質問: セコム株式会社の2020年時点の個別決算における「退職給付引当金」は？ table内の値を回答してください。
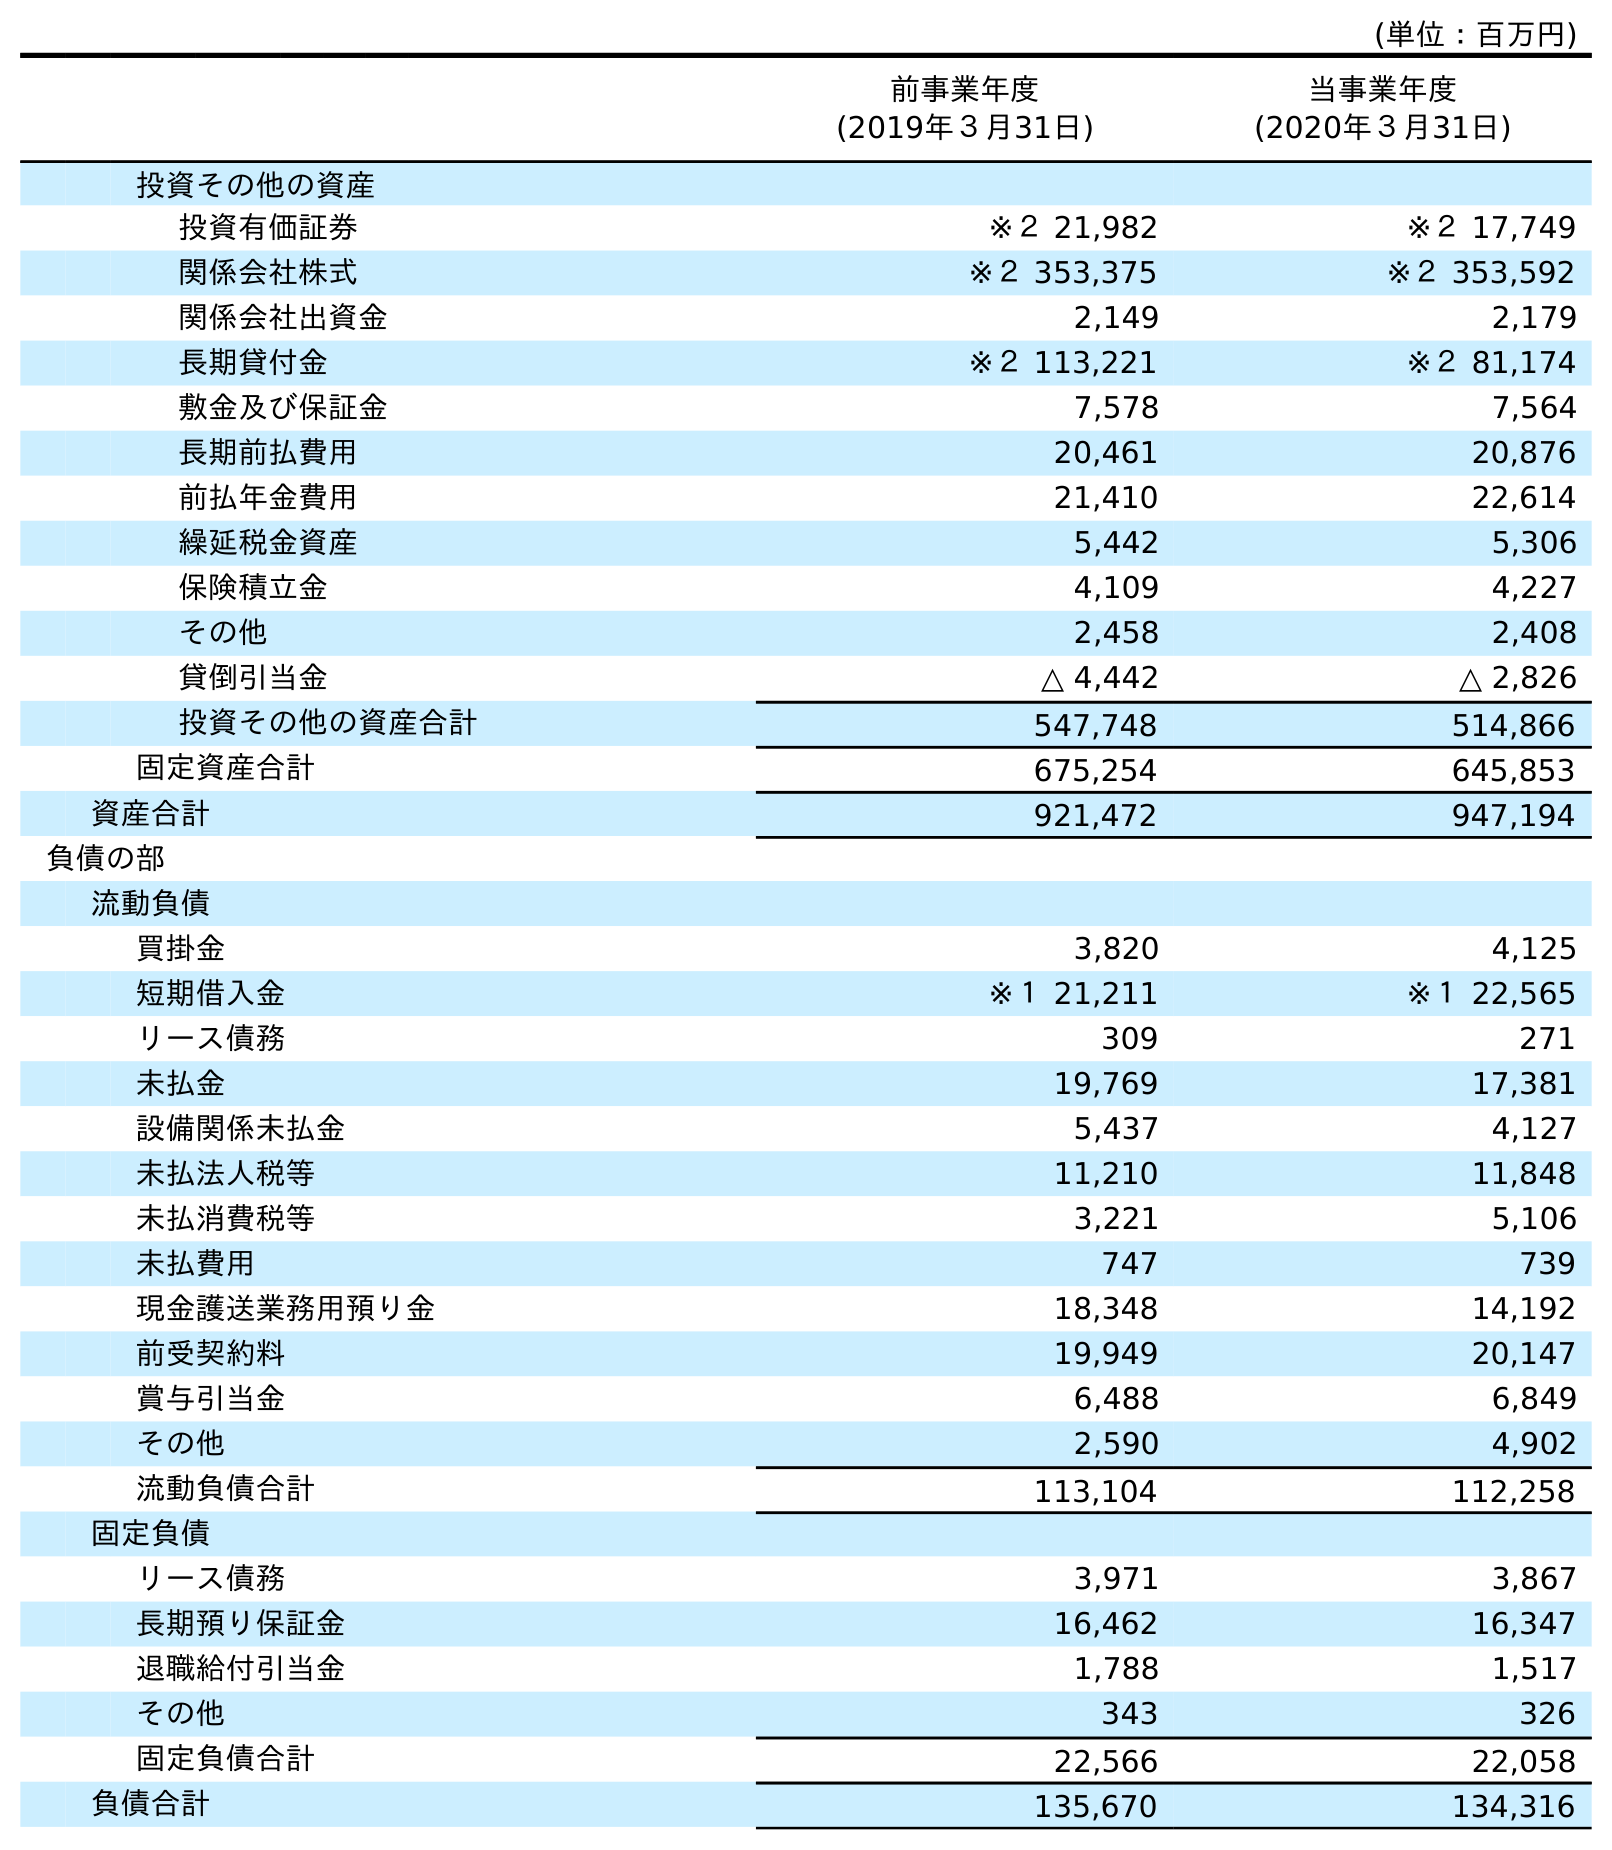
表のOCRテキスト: (単位：百万円) 前事業年度 (2019年３月31日) 当事業年度 (2020年３月31日) 投資その他の資産 投資有価証券 ※２ 21,982 ※２ 17,749 関係会社株式 ※２ 353,375 ※２ 353,592 関係会社出資金 2,149 2,179 長期貸付金 ※２ 113,221 ※２ 81,174 敷金及び保証金 7,578 7,564 長期前払費用 20,461 20,876 前払年金費用 21,410 22,614 繰延税金資産 5,442 5,306 保険積立金 4,109 4,227 その他 2,458 2,408 貸倒引当金 △ 4,442 △ 2,826 投資その他の資産合計 547,748 514,866 固定資産合計 675,254 645,853 資産合計 921,472 947,194 負債の部 流動負債 買掛金 3,820 4,125 短期借入金 ※１ 21,211 ※１ 22,565 リース債務 309 271 未払金 19,769 17,381 設備関係未払金 5,437 4,127 未払法人税等 11,210 11,848 未払消費税等 3,221 5,106 未払費用 747 739 現金護送業務用預り金 18,348 14,192 前受契約料 19,949 20,147 賞与引当金 6,488 6,849 その他 2,590 4,902 流動負債合計 113,104 112,258 固定負債 リース債務 3,971 3,867 長期預り保証金 16,462 16,347 退職給付引当金 1,788 1,517 その他 343 326 固定負債合計 22,566 22,058 負債合計 135,670 134,316
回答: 1,517